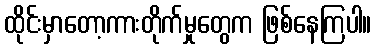
ထိုင်းမှာတော့ကားတိုက်မှုတွေက ဖြစ်နေကြပါ။